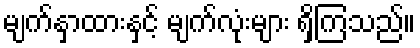
မျက်နှာထားနှင့် မျက်လုံးများ ရှိကြသည်။